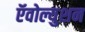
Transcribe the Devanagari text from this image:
ऍवोल्युशन